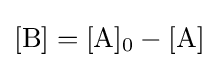
[\mathrm {B} ]=[\mathrm {A} ]_{\text{0}}-[\mathrm {A} ]